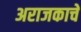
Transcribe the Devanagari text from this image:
अराजकाचे